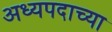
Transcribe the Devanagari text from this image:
अध्यपदाच्या